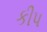
કીપ